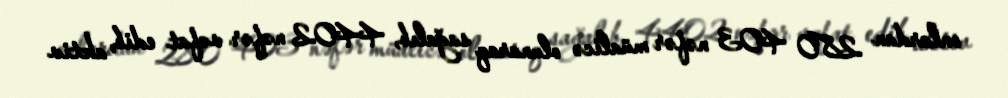
onlardan 280 403 nəfər müalicə olunaraq sağalıb, 4402 nəfər vəfat edib, aktiv